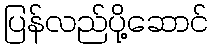
ပြန်လည်ပို့ဆောင်